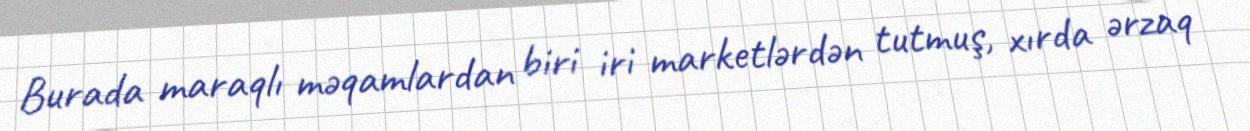
Burada maraqlı məqamlardan biri iri marketlərdən tutmuş, xırda ərzaq